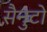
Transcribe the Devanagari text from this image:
सैनुटो